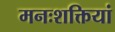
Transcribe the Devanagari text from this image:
मनःशक्तियां